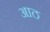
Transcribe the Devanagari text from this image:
अाठ